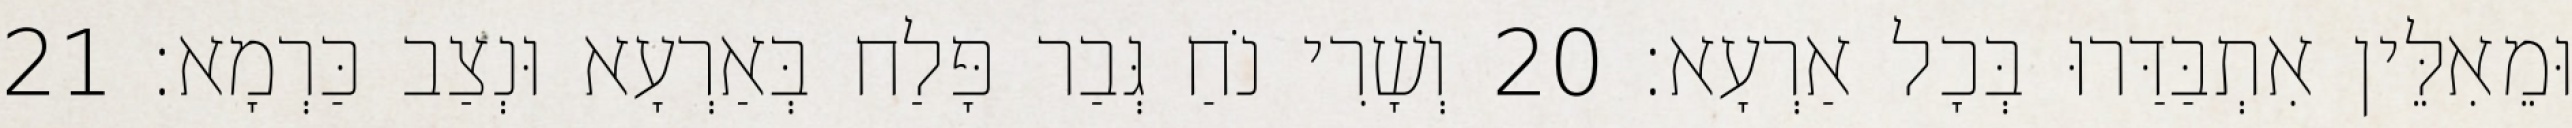
וּמֵאִלֵּין אִתְבַּדַּרוּ בְּכָל אַרְעָא׃ 20 וְשָׁרִי נֹחַ גְּבַר פָּלַח בְּאַרְעָא וּנְצַב כַּרְמָא׃ 21